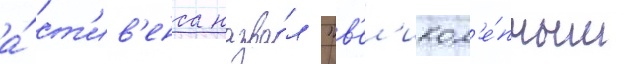
а́ ст'ив'енса назва́л "в'ел'икол'е́пным